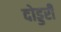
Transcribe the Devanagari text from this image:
दोड्डरी